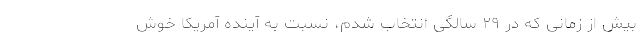
بیش از زمانی که در ۲۹ سالگی انتخاب شدم، نسبت به آینده آمریکا خوش‌